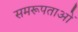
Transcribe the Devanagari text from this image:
समरूपताओं